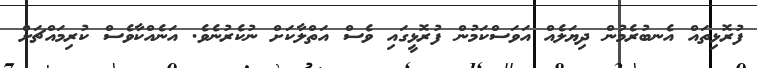
ފުރޮޅިތައް އެނބުރެމުން ދިޔަލެއް އަވަސްކަމުން ފުރޮޅީގައި ވެސް އަތްލާކަށް ނުކެރުނެވެ. އަނެއްކާވެސް ކުރިމައްޗަށް